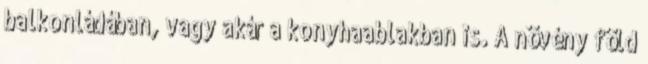
balkonládában, vagy akár a konyhaablakban is. A növény föld